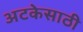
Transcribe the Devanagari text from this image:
अटकेसाठी